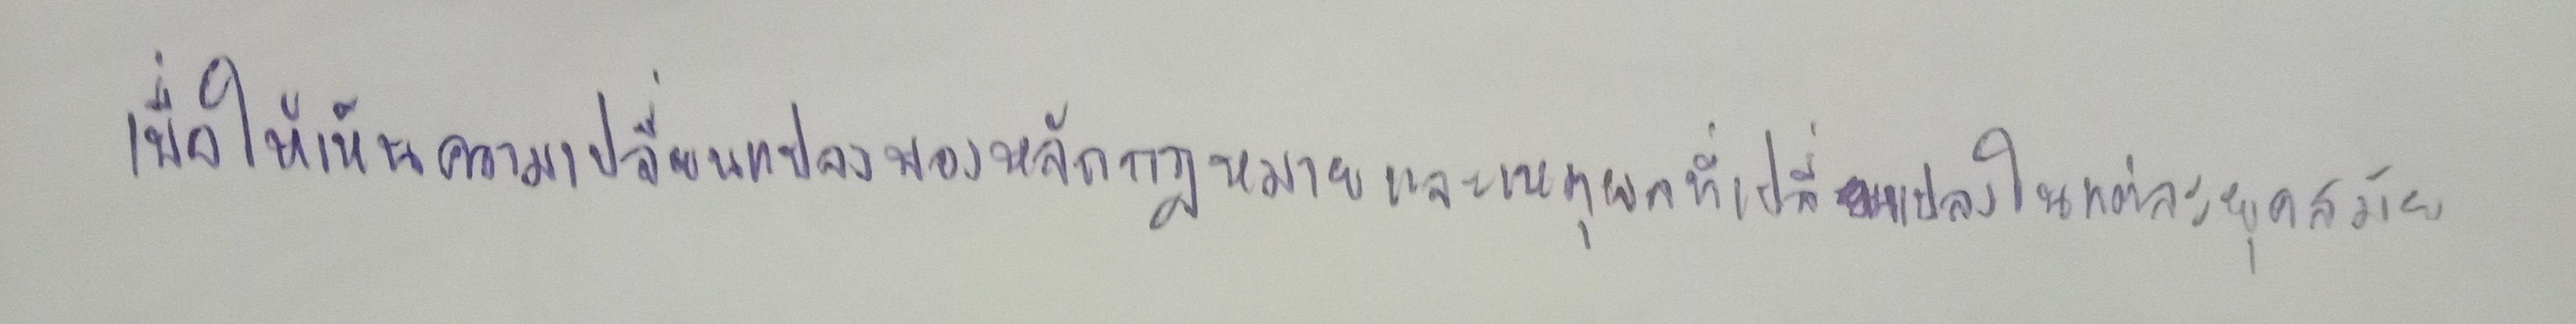
เพื่อให้เห็นความเปลี่ยนแปลงของหลักกฎหมายและเหตุผลที่เปลี่ยนแปลงในแต่ละยุคสมัย